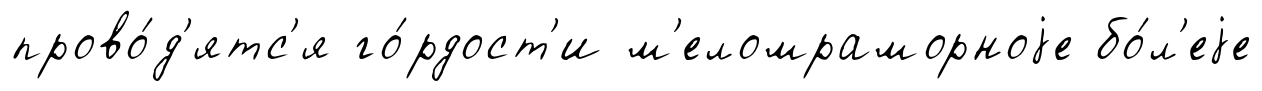
прово́д'ятс'я го́рдост'и м'еломраморноjе бо́л'еjе